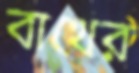
বাথের